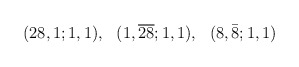
\begin{align*}(28,1;1,1), ~~(1,\overline{28};1,1),~~(8,\bar{8};1,1)\end{align*}